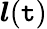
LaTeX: \boldsymbol{l}(\mathtt{t})